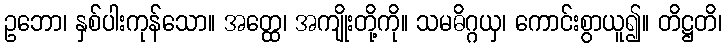
ဥဘော၊ နှစ်ပါးကုန်သော။ အတ္ထေ၊ အကျိုးတို့ကို။ သမဓိဂ္ဂယှ၊ ကောင်းစွာယူ၍။ တိဋ္ဌတိ၊